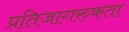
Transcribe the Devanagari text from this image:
प्रतिजागरुकता